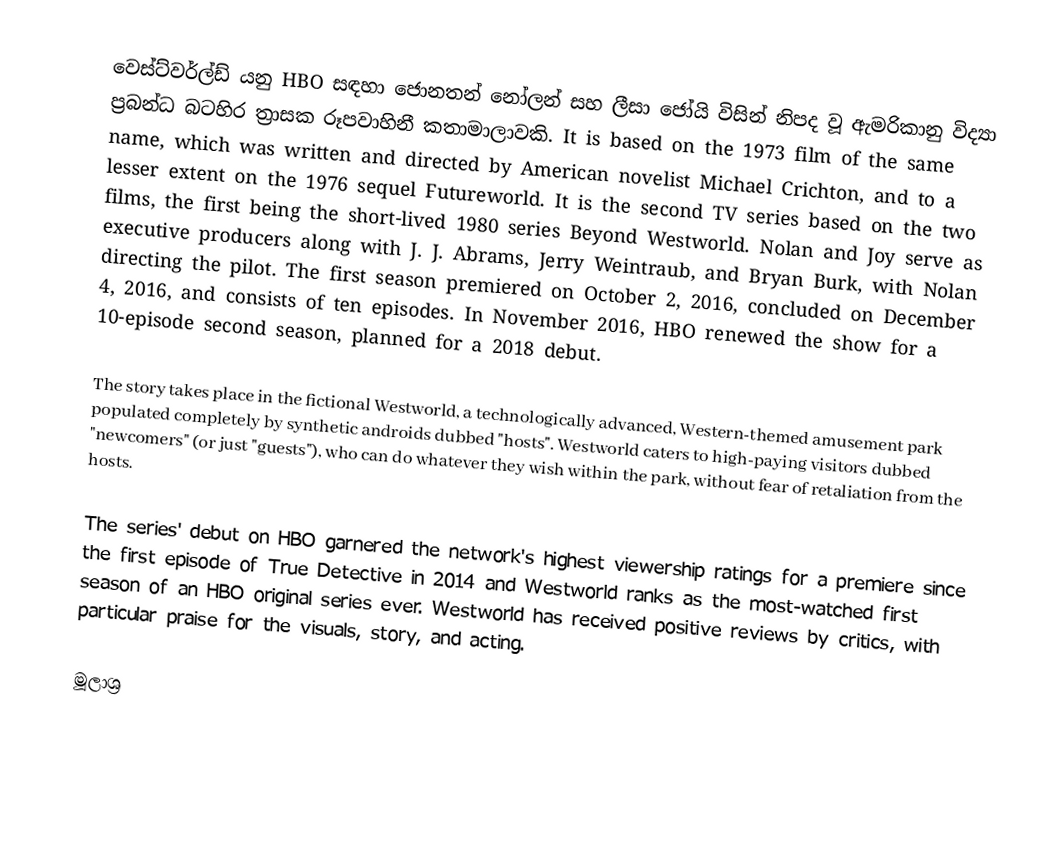
වෙස්ට්වර්ල්ඩ්  යනු HBO සඳහා ජොනතන් නෝලන් සහ ලීසා ජෝයි විසින් නිපද වූ ඇමරිකානු විද්‍යා ප්‍රබන්ධ බටහිර ත්‍රාසක රූපවාහිනී කතාමාලාවකි. It is based on the 1973 film of the same name, which was written and directed by American novelist Michael Crichton, and to a lesser extent on the 1976 sequel Futureworld. It is the second TV series based on the two films, the first being the short-lived 1980 series Beyond Westworld. Nolan and Joy serve as executive producers along with J. J. Abrams, Jerry Weintraub, and Bryan Burk, with Nolan directing the pilot. The first season premiered on October 2, 2016, concluded on December 4, 2016, and consists of ten episodes. In November 2016, HBO renewed the show for a 10-episode second season, planned for a 2018 debut.

The story takes place in the fictional Westworld, a technologically advanced, Western-themed amusement park populated completely by synthetic androids dubbed "hosts". Westworld caters to high-paying visitors dubbed "newcomers" (or just "guests"), who can do whatever they wish within the park, without fear of retaliation from the hosts.

The series' debut on HBO garnered the network's highest viewership ratings for a premiere since the first episode of True Detective in 2014 and Westworld ranks as the most-watched first season of an HBO original series ever. Westworld has received positive reviews by critics, with particular praise for the visuals, story, and acting.

මූලාශ්‍ර